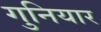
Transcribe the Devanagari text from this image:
गुनियार